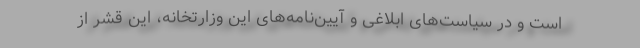
است و در سیاست‌های ابلاغی و آیین‌نامه‌های این وزارتخانه، این قشر از